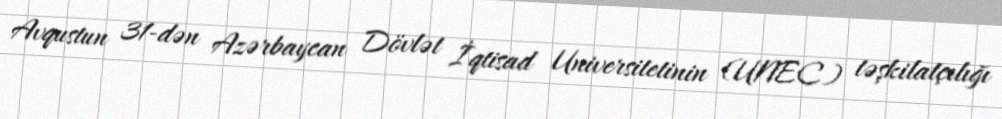
Avqustun 31-dən Azərbaycan Dövlət İqtisad Universitetinin (UNEC) təşkilatçılığı